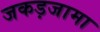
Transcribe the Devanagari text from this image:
जकड़जामा